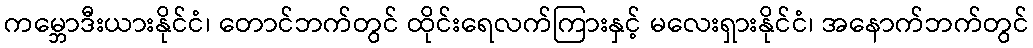
ကမ္ဘောဒီးယားနိုင်ငံ၊ တောင်ဘက်တွင် ထိုင်းရေလက်ကြားနှင့် မလေးရှားနိုင်ငံ၊ အနောက်ဘက်တွင်